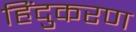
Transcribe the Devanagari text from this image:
हिंदुकरण